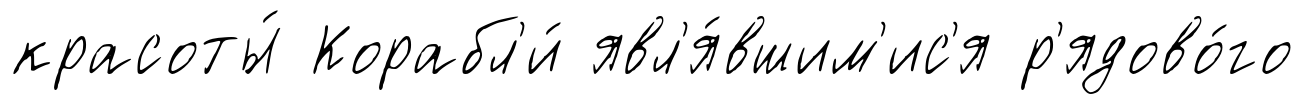
красоты́ Корабл'и́ явл'я́вшим'ис'я р'ядово́го